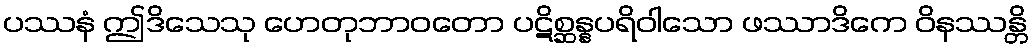
ပဿနံ ဤဒိသေသု ဟေတုဘာဝတော ပဋိစ္ဆန္နပရိဝါသော ဖဿာဒိကေ ဝိနဿန္တိ